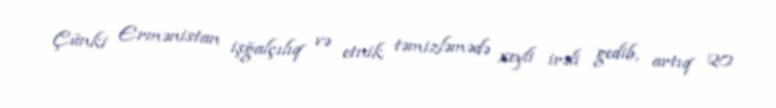
Çünki Ermənistan işğalçılıq və etnik təmizləmədə xeyli irəli gedib, artıq 20